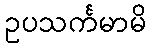
ဥပသင်္ကမာမိ